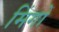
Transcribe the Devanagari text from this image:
मिंगों